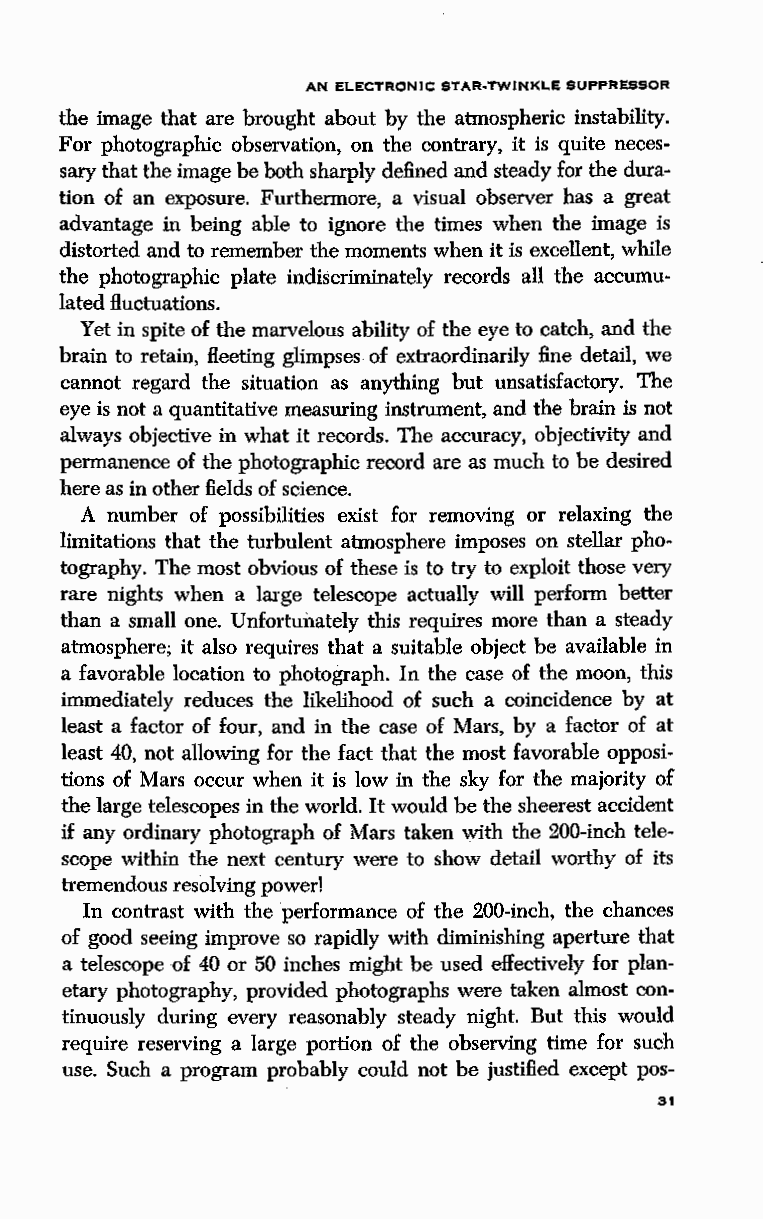
AN ELECTRONIC STAR-TWINKLE SUPPRESSOR
 the image that are brought about by the atmospheric instability.
 For photographic observation, on the contrary, it is quite neces
 sary that the image be both sharply defined and steady for the dura
 tion of an exposure. Furthermore, a visual observer has a great
 advantage in being able to ignore the times when the image is
 distorted and to remember the moments when it is excellent, while
 the photographic plate indiscriminately records all the accumu
 lated fluctuations.
 Yet in spite of the marvelous ability of the eye to catch, and the
 brain to retain, fleeting glimpses of extraordinarily fine detail, we
 cannot regard the situation as anything but unsatisfactory. The
 eye is not a quantitative measuring instrument, and the brain is not
 always objective in what it records. The accuracy, objectivity and
 permanence of the photographic record are as much to be desired
 here as in other fields of science.
 A number of possibilities exist for removing or relaxing the
 limitations that the turbulent atmosphere imposes on stellar pho
 tography. The most obvious of these is to try to exploit those very
 rare nights when a large telescope actually will perform better
 than a small one. Unfortunately this requires more than a steady
 atmosphere; it also requires that a suitable object be available in
 a favorable location to photograph. In the case of the moon, this
 immediately reduces the likelihood of such a coincidence by at
 least a factor of four, and in the case of Mars, by a factor of at
 least 40, not allowing for the fact that the most favorable opposi
 tions of Mars occur when it is low in the sky for the majority of
 the large telescopes in the world. It would be the sheerest accident
 if any ordinary photograph of Mars taken with the 200-inch tele
 scope within the next century were to show detail worthy of its
 tremendous resolving power!
 In contrast with the pedormance of the 200-inch, the chances
 of good seeing improve so rapidly with diminishing aperture that
 a telescope of 40 or 50 inches might be used effectively for plan
 etary photography, provided photographs were taken almost con
 tinuously during every reasonably steady night. But this would
 require reserving a large portion of the observing time for such
 use. Such a program probably could not be justified except pos-
 31